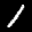
Label: 1